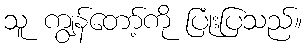
သူ ကျွန်တော့်ကို ပြုံးပြသည်။